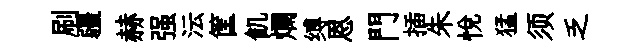
刷疆赫强沄筐飢爛缚恩門插朱悅猛须乏